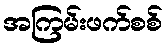
အကြမ်းဖက်စစ်